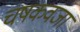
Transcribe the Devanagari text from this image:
चषकवजा